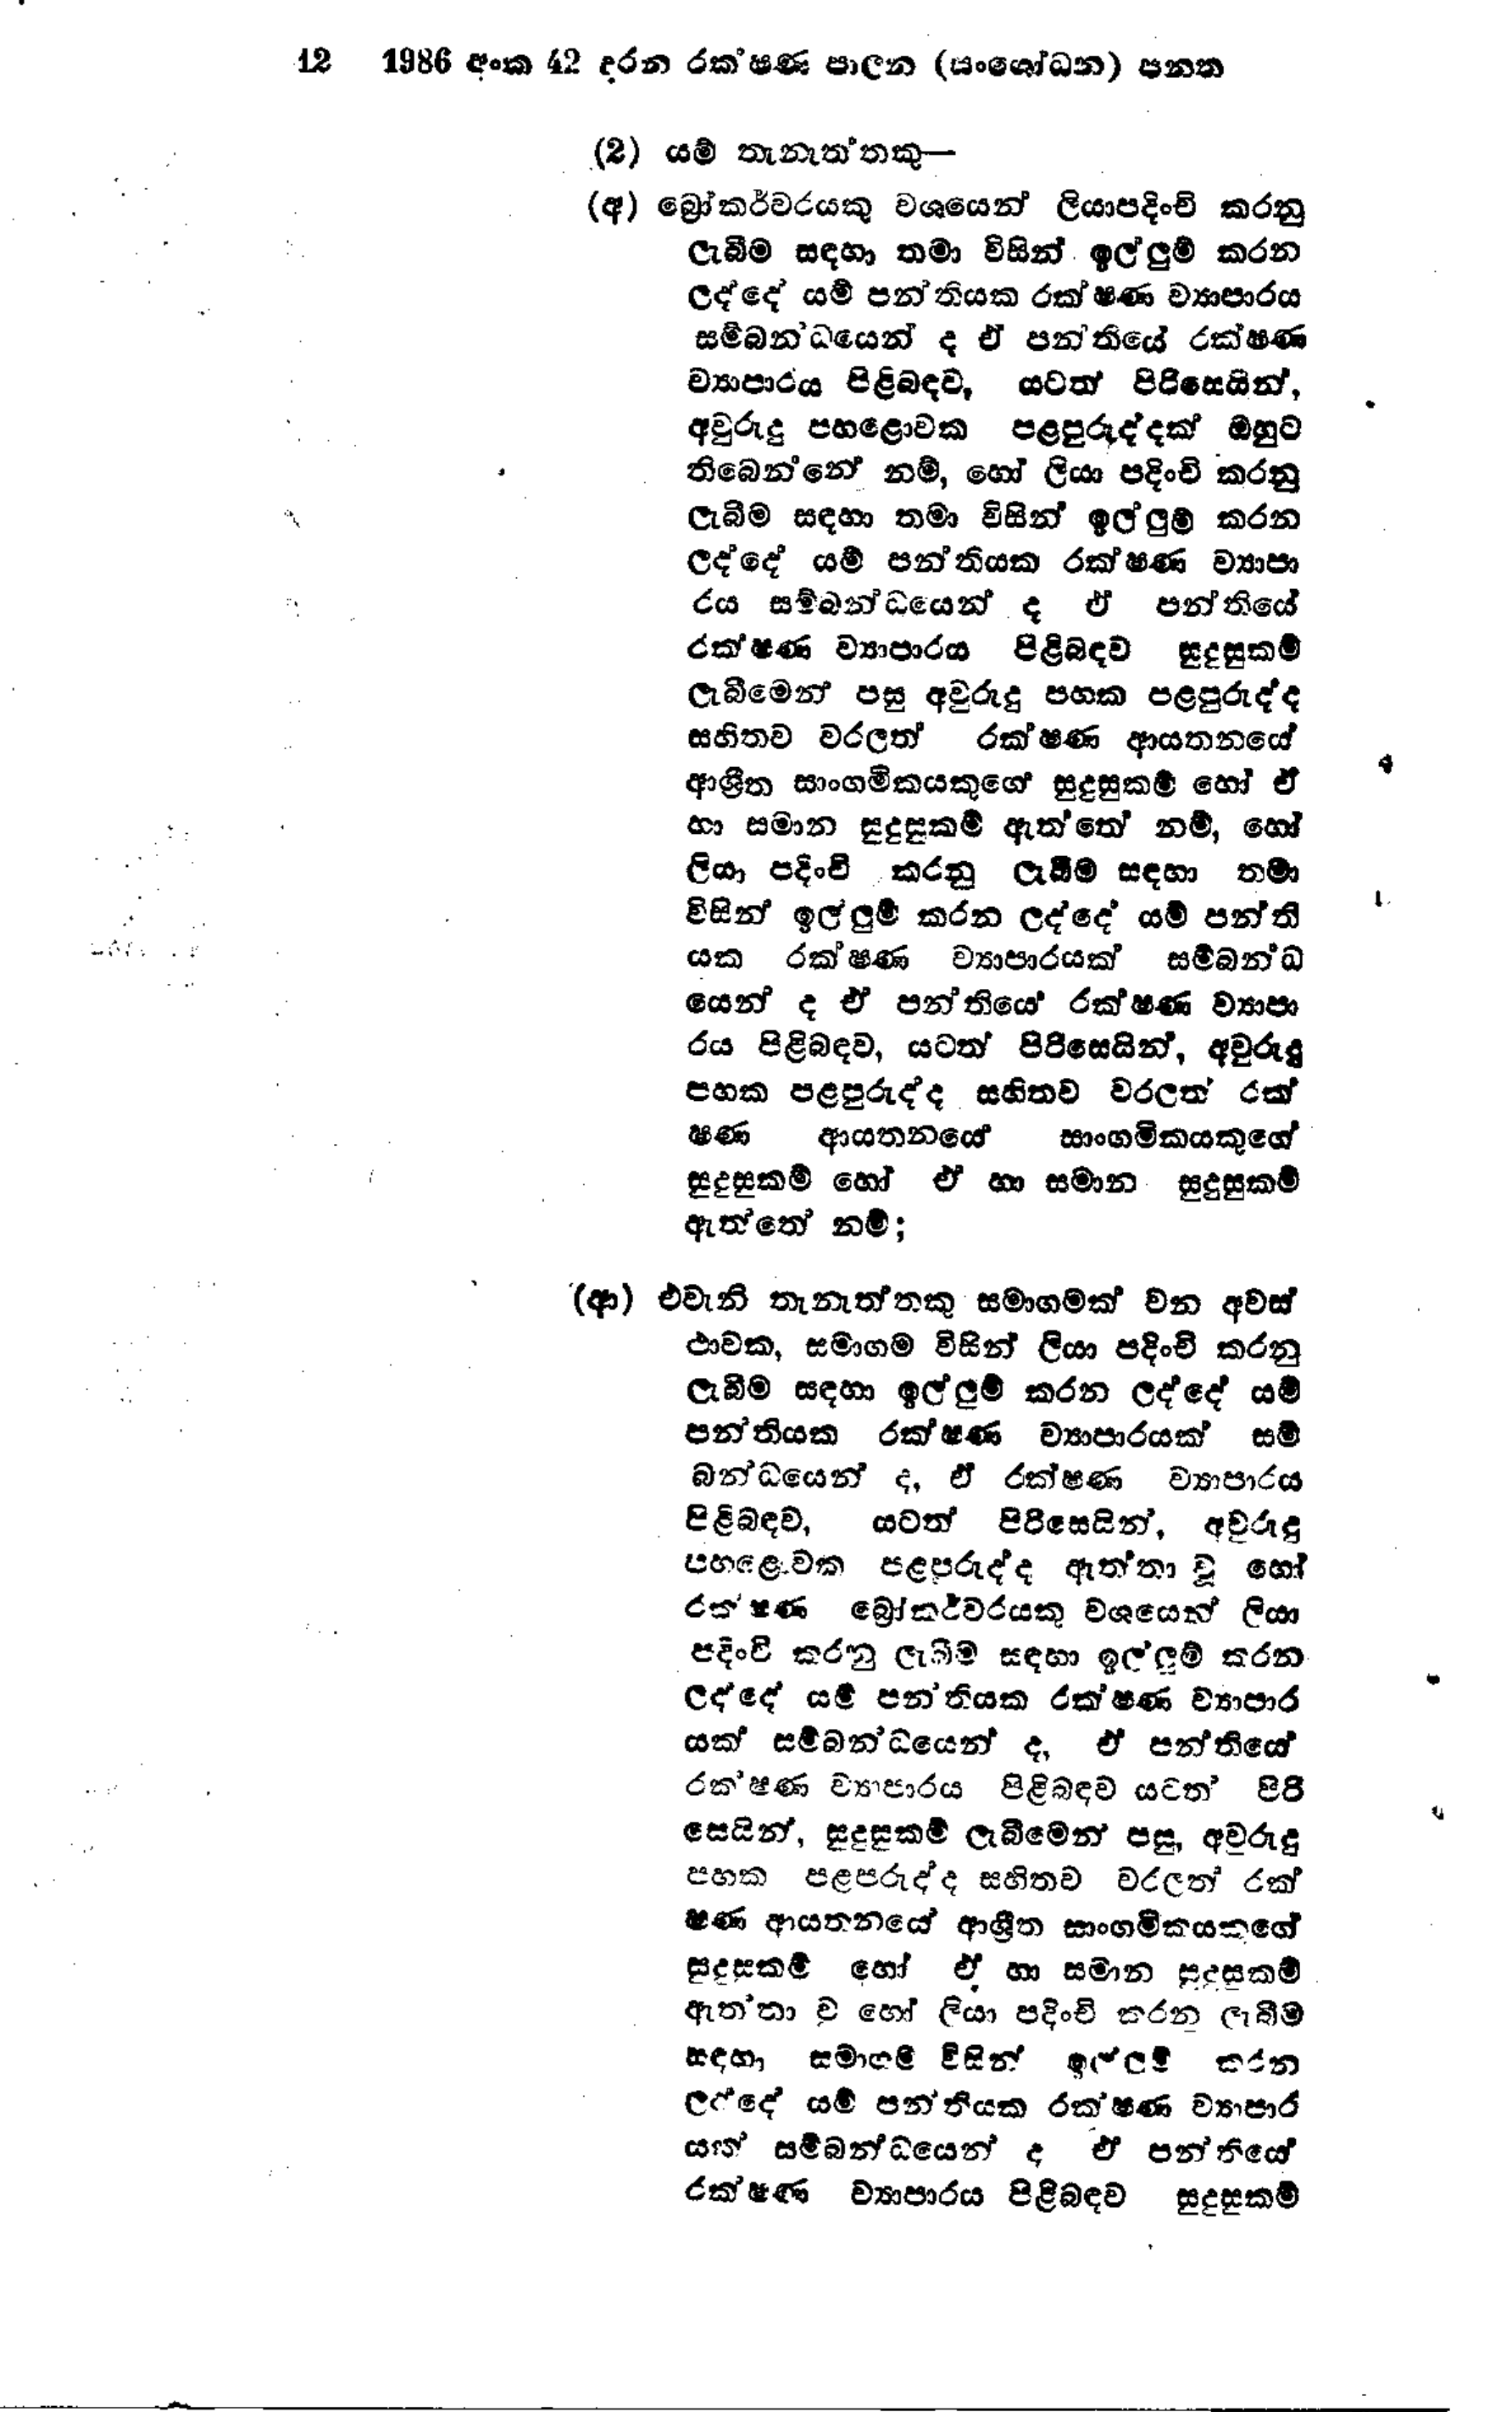
12 1986 අංක 42 දරන රක්ෂණ පාලන (සංශෝධන) පනත

(2) යම් තැනැත්තකු—

(අ)බ්‍රෝකර්වරයකු වශයෙන් ලියාපදිංචි කරනු
ලැබීම සඳහා තමා විසින් ඉල්ලුම් කරන
ලද්දේ යම් පන්තියක රක්ෂණ ව්‍යාපාරය
සම්බනන්ධයෙන් ද ඒ පන්තියේ රක්ෂණ
ව්‍යාපාරය පිළිබඳව, යටත් පිරිසෙයින්,
අවුරුදු පහළොවක පළපුරුද්දක් ඔහුට
තිබෙන්නේ නම්, හෝ ලියා පදිංචි කරනු
ලැබීම සඳහා තමා විසින් ඉල්ලුම් කරන
ලද්දේ යම් පන්තියක රක්ෂණ ව්‍යාපා
රය සම්බන්ධයෙන් ද ඒ පන්තියේ
රක්ෂණ ව්‍යාපාරය පිළිබඳව සුදුසුකම්
ලැබීමෙන් පසු අවුරුදු පහක පළපුරුද්ද
සහිතව වරලත් රක්ෂණ ආයතනයේ
ආශ්‍රිත සාංගමිකයකුගේ සුදුසුකම් හෝ ඒ
හා සමාන සුදුසුකම් ඇත්තේ නම්, හෝ
ලියා පදිංචි කරනු ලැබීම සඳහා තමා
විසින් ඉල්ලුම් කරන ලද්දේ යම් පන්ති
යක රක්ෂණ ව්‍යාපාරයක් සම්බන්ධ
යෙන් ද ඒ පන්තියෙ රක්ෂණ ව්‍යාපා
රය පිළිබඳව, යටත් පිරිසෙයින්, අවුරුදු
පහක පළපුරුද්ද සහිතව වරලත් රක්
ෂණ ආයතනයේ සාංගමිකයකුගේ
සුදුසුකම් හෝ ඒ හා සමාන සුදුසුකම්
ඇත්තේ නම්;

(ආ) එවැනි තැනැත්තකු සමාගමක් වන අවස්
ථාවක, සමාගම විසින් ලියා පදිංචි කරනු
ලැබීම සඳහා ඉල්ලුම් කරන ලද්දේ යම්
පන්තියක රක්ෂණ ව්‍යාපාරයක් සම්
බන්ධයෙන් ද, ඒ රක්ෂණ ව්‍යාපාරය
පිළිබඳව. යටත් පිරිසෙයින්, අවුරුදු
පහළොවක පළපුරුද්ද ඇත්තා වූ හෝ
රක්ෂණ බ්‍රෝකර්වරයකු වශයෙන් ලියා
පදිංචි කරනු ලැබීම සඳහා ඉල්ලුම් කරන
ලද්දේ යම් පන්තියක රක්ෂණ ව්‍යාපාර
යක් සම්බන්ධයෙන්ද, ඒ පන්තියේ
රක්ෂණ ව්‍යාපාරය පිළිබඳව යටත් පිරි
සෙයින්, සුදුසුකම් ලැබීමෙන් පසු, අවුරුදු
පහක පළපරුද්ද සහිතව වරලත් රක්
ෂණ ආයතනයේ ආශ්‍රිත සාංගමිකයකුගේ
සුදුසුකම් හෝ ඒ හා සමාන සුදුසුකම්
ඇත්තා වූ හෝ ලියා පදිංචි කරන ලැබීම
සඳහා සමාගම් විසින් ඉල්ලුම් කරන
ලද්දේ යම් පන්තියක රක්ෂණ ව්‍යාපාර
යක් සම්බන්ධයෙන් ද ඒ පන්තියේ
රක්ෂණ ව්‍යාපාරය පිළිබඳව සුදුසුකම්